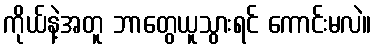
ကိုယ်နဲ့အတူ ဘာတွေယူသွားရင် ကောင်းမလဲ။